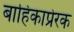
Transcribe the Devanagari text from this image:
बाहिकाप्रेरक